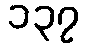
၁၃၇